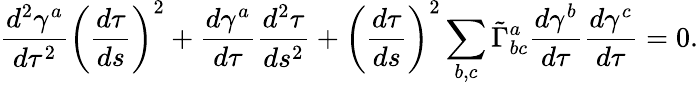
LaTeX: \frac{d^{2}\gamma^{a}}{d\tau^{2}}\left(\frac{d\tau}{ds}\right)^{2}+\frac{d\gamma^{a}}{d\tau}\frac{d^{2}\tau}{ds^{2}}+\left(\frac{d\tau}{ds}\right)^{2}\sum_{b,c}\tilde{\Gamma}_{bc}^{a}\frac{d\gamma^{b}}{d\tau}\frac{d\gamma^{c}}{d\tau}=0.